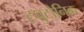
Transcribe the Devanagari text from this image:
ट्युटोनिक